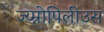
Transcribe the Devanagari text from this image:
ज्य्म्नोपिलीउस